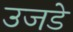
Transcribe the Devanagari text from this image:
उजडे